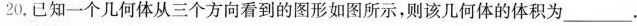
20. 已知一个几何体从三个方向看到的图形如图所示，则该几何体的体积为___.